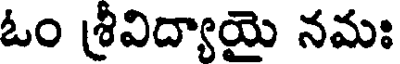
ఓం శ్రీవిద్యాయై నమః